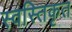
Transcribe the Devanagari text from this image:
स्वस्तिकृत